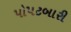
પો૫ટબારી